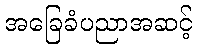
အခြေခံပညာအဆင့်